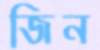
জিন